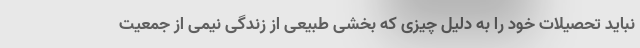
نباید تحصیلات خود را به دلیل چیزی که بخشی طبیعی از زندگی نیمی از جمعیت